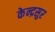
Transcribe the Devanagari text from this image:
केन्द्रसुर